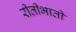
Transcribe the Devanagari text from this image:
रीतीभाती